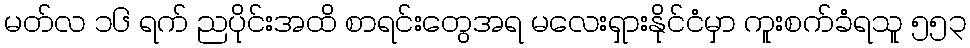
မတ်လ ၁၆ ရက် ညပိုင်းအထိ စာရင်းတွေအရ မလေးရှားနိုင်ငံမှာ ကူးစက်ခံရသူ ၅၅၃